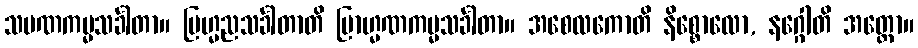
သမဏကမ္မသင်္ခါတာ။ ဗြဟ္မညသင်္ခါတာတိ ဗြာဟ္မဏကမ္မသင်္ခါတာ။ အစေလကောတိ နိစ္စောလော, နဂ္ဂေါတိ အတ္ထော။